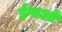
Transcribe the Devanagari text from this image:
ईषाओं